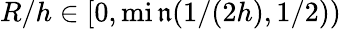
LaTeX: R/h\in[0,\operatorname*{mi\mathfrak{n}}(1/(2h),1/2))